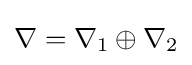
\nabla =\nabla _{1}\oplus \nabla _{2}